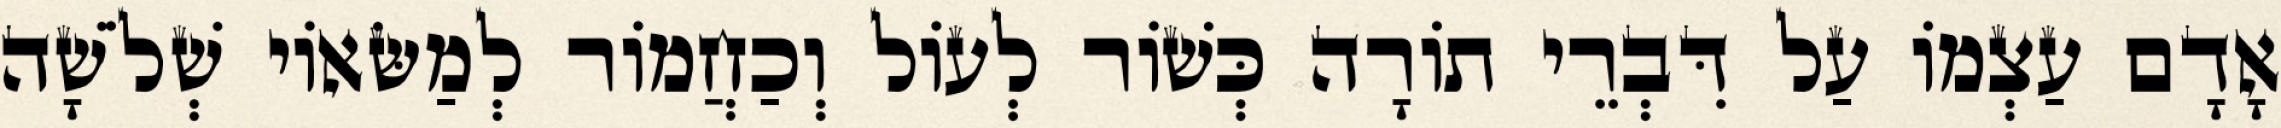
אָדָם עַצְמוֹ עַל דִּבְרֵי תוֹרָה כְּשׁוֹר לְעוֹל וְכַחֲמוֹר לְמַשּׂאוֹי שְׁלֹשָׁה